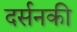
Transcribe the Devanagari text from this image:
दर्सनकी